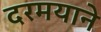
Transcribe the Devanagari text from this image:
दरमयाने